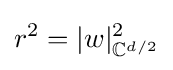
r^{2}=|w|_{\mathbb {C} ^{d/2}}^{2}